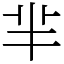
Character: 芈